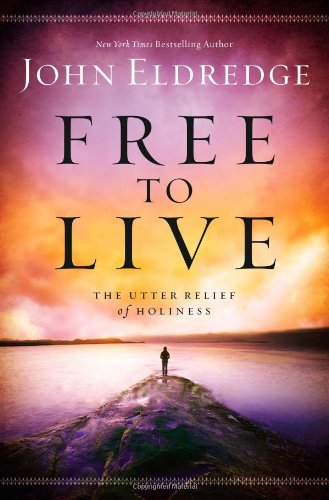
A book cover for Free to Live: The Utter Relief of Holiness; John Eldredge; Christian Books & Bibles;